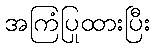
အကြံပြုထားပြီး